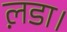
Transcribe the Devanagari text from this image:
ल़डा।